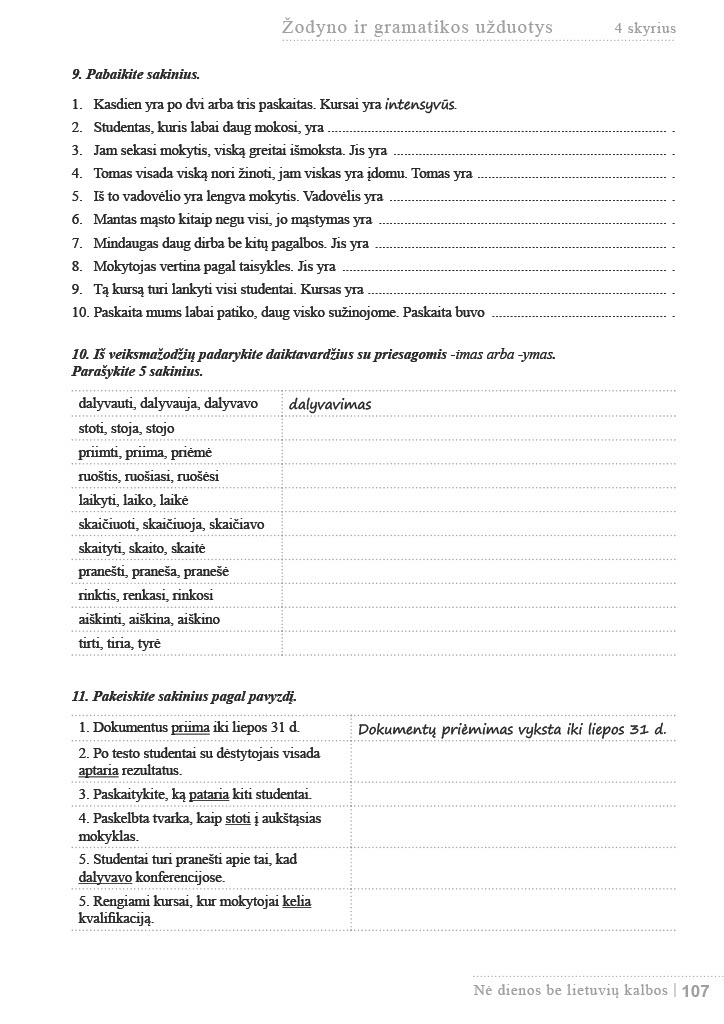
Language: lt